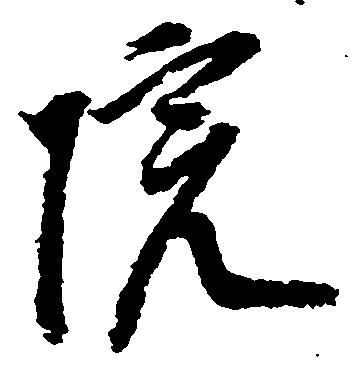
院